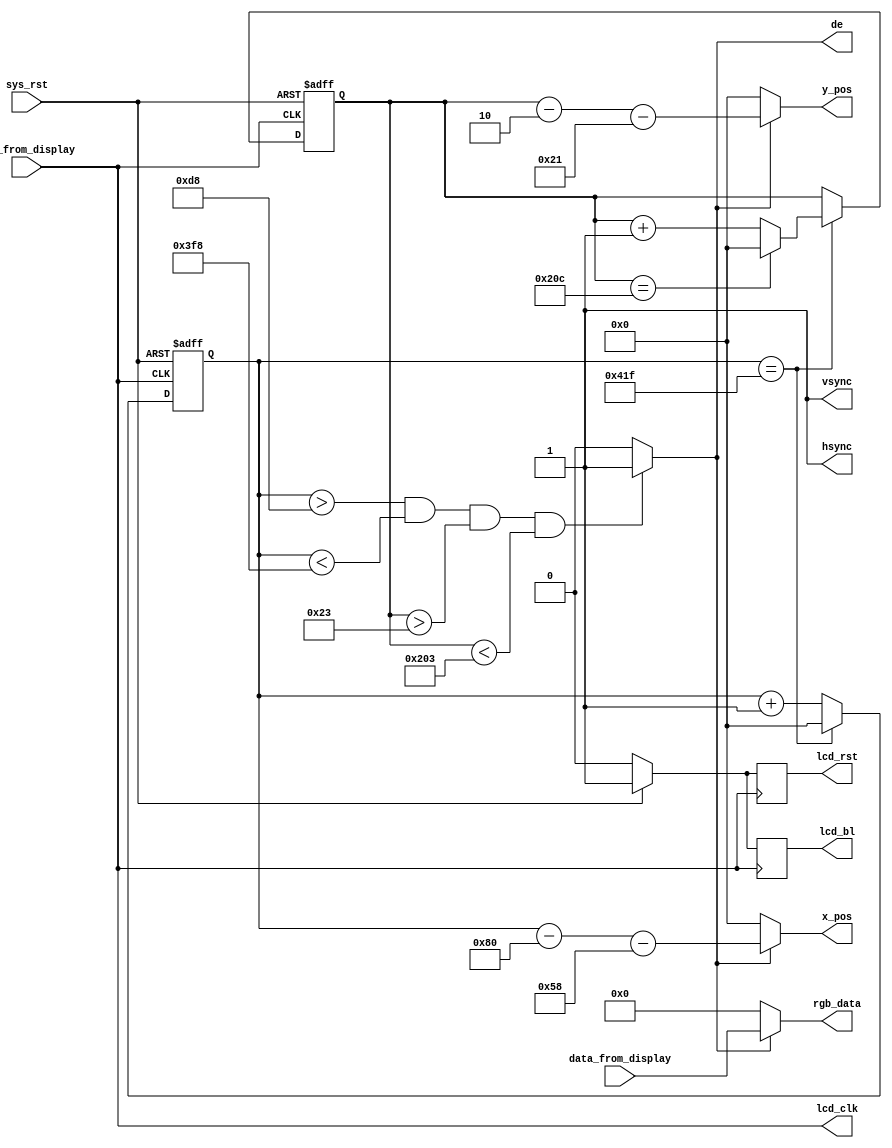
`timescale 1ns / 1ps
//////////////////////////////////////////////////////////////////////////////////
// Company:
// Engineer:
//
// Design Name:
// Module Name: lcd_driver
// Project Name:
// Target Devices:
// Tool Versions:
// Description:
//
// Dependencies:
//
// Revision:
// Revision 0.01 - File Created
// Additional Comments:
//
//////////////////////////////////////////////////////////////////////////////////


module lcd_driver(input clk_from_display,
                  input sys_rst,
                  input [23:0] data_from_display,
                  output [10:0]x_pos,
                  output [10:0]y_pos,
                  output de,
                  output hsync,
                  output vsync,
                  output reg lcd_bl,
                  output lcd_clk,
                  output [23:0] rgb_data,
                  output reg lcd_rst);
    
    parameter  H_SYNC_4384  = 11'd128;
    parameter  H_BACK_4384  = 11'd88;
    parameter  H_DISP_4384  = 11'd800;
    parameter  H_FRONT_4384 = 11'd40;
    parameter  H_TOTAL_4384 = 11'd1056;
    
    parameter  V_SYNC_4384  = 11'd2;
    parameter  V_BACK_4384  = 11'd33;
    parameter  V_DISP_4384  = 11'd480;
    parameter  V_FRONT_4384 = 11'd10;
    parameter  V_TOTAL_4384 = 11'd525;
    
    assign hsync   = 1;
    assign vsync   = 1;
    assign lcd_clk = clk_from_display;
    
    
    reg [10:0] counter_h;
    reg [10:0] counter_v;


    
    wire data_req;
    assign  de = ((counter_h > H_SYNC_4384 + H_BACK_4384) && (counter_h < H_SYNC_4384 + H_BACK_4384 + H_DISP_4384)
    && (counter_v > V_SYNC_4384 + V_BACK_4384) && (counter_v < V_SYNC_4384 + V_BACK_4384 + V_DISP_4384))? 1'b1 : 1'b0;
    assign data_req = de;
    
    assign x_pos = data_req?(counter_h -H_SYNC_4384 - H_BACK_4384 ):11'b0;
    assign y_pos = data_req?(counter_v -V_SYNC_4384 - V_BACK_4384 ):11'b0;
    
    assign rgb_data = de?data_from_display:24'b0;
    


    always @(posedge clk_from_display or negedge sys_rst) begin //h counter
        if (!sys_rst) begin
            counter_h <= 0;
        end
        else begin
            if (counter_h == H_TOTAL_4384 -1)
            begin
                counter_h <= 0;
            end
            else
                counter_h <= counter_h+1;
        end
    end
    
    always @(posedge clk_from_display or negedge sys_rst) begin //v counter
        if (!sys_rst)
            counter_v <= 0;
        else begin
            if (counter_h == H_TOTAL_4384 -1) begin
                if (counter_v == V_TOTAL_4384 -1)
                    counter_v <= 0;
                else
                    counter_v <= counter_v+1;
            end
        end
    end
    
    always @(posedge clk_from_display) begin
        if (!sys_rst)begin
            lcd_bl  <= 0;
            lcd_rst <= 0;
        end
        else begin
            lcd_bl  <= 1;
            lcd_rst <= 1;
        end
    end
endmodule